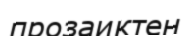
прозаиктен